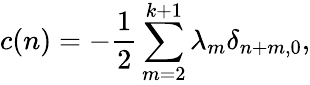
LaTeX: c(n)=-{\frac{1}{2}}\sum_{m=2}^{k+1}\lambda_{m}\delta_{n+m,0},